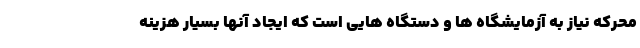
محرکه نیاز به آزمایشگاه ها و دستگاه هایی است که ایجاد آنها بسیار هزینه